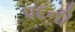
પદની